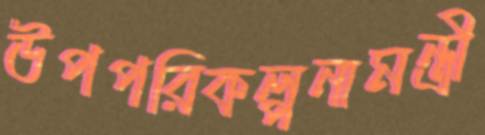
উপপরিকল্পনামন্ত্রী